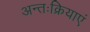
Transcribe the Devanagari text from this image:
अन्तःक्रियाएं